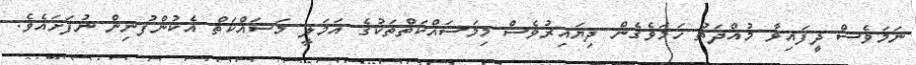
ނަމަވެސް ދީފައިވާ މުއްދަތު ހަމަވެގެން ދިޔައިރުވެސް މިމަސައްކަތްތަކުގެ އަމަލީ މަސައްކަތް އެކުންފުނިން ނުފަށައެވެ.